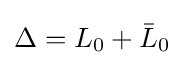
\Delta =L_{0}+{\bar {L}}_{0}